Vaccination in the Punjab 1905-1918 - 1905-1918
Year: 1905
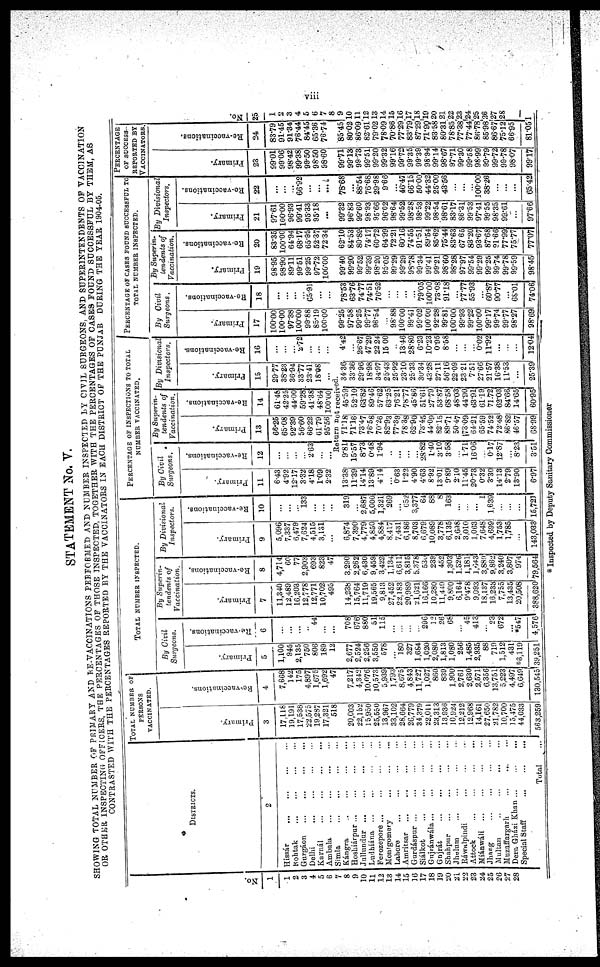
viii
STATEMENT No. V.
SHOWING TOTAL NUMBER OF PRIMARY AND RE-VACCINATIONS PERFORMED AND NUMBER INSPECTED BY CIVIL SURGEONS, AND SUPERINTENDENTS OF VACCINATION
OR OTHER INSPECTING OFFICERS. THE PERCENTAGES OF THOSE INSPECTED, TOGETHER WITH THE PERCENTAGES OF CASES FOUND SUCCESSFUL BY THEM, AS
CONTRASTED WITH THE PERCENTAGES REPORTED BY THE VACCINATORS IN EACH DISTRICT OF THE PUNJAB DURING THE YEAR 1904-05.
No.
1
1
2
3
4
5
6
7
8
9
10
11
12
13
14
15
16
17
18
19
20
21
22
23
24
25
26
27
28
DISTRICTS.
2
Hissár
...
...
...
...
Rohtak
...
...
...
...
Gurgáon
...
...
...
...
Delhi
...
...
...
...
Karnál
...
...
...
...
Ambala
Simla
...
...
...
...
Kángra
...
....
...
...
Hoshiárpur
...
...
...
...
Jullundur ... ... ... ...
Ludhiána ... ... ... ...
Ferozepore ... ... ... ...
Montgomery ... ... ...
Lahore ... ... ... ...
Amritsar ... ... ... ...
Gurdáspur
...
...
...
...
Siálkot
...
...
...
...
Gujránwála... ... ... ...
Gujrát ... ... ...
Shahpur ... ... ...
Jhelum ... ... ... ...
Ráwalpindi... ... ...
Attock
...
...
...
...
Miánwáli ... ... ... ...
Jhang ... ... ... ...
Multan ... ... ... ...
Muzaffargarh
...
...
...
Dera Gházi Khan
...
...
...
Special Staff
...
...
...
Total
...
TOTAL NUMBER OF
PERSONS
VACCINATED.
Pr i
mar y
3
17,116
19,191
17,538
22,575
19,287
17,321
518
20,003
22,152
15,950
25,550
18,967
33,102
28,664
26,779
34,379
22,011
23,313
13,936
10,924
12,212
12,968
14,161
27,650
21,782
10,700
15,475
44,033
563,259
Re -
va c c i
na t
i
ons
4
7,668
142
175
4,897
1,675
1,692
47
7,217
4,342
10,076
10,573
5,939
1,793
8,675
4,843
11,727
1,027
860
839
1,900
2,761
2,630
2,571
6,356
13,751
5,223
4,497
6,649
130,545
TOTAL NUMBER INSPECTED.
By Civil
Surgeons.
Primary.
5
1,100
945
2,135
750
806
189
12
2,677
2,524
2,256
3,550
578
...
180
327
1,684
1,020
2,080
1,813
1,080
256
1,485
2,935
88
719
1,512
431
* 6,119
39,251
Re-vaccination.
6
...
...
...
...
44
...
...
708
676
880
51
115
...
...
...
...
296
12
26
68
...
45
413
...
23
672
...
*547
4,576
By Superin-
tendents of
Vaccination.
Primary.
7
11,340
12,489
16,208
12,778
12,771
10,702
495
14,238
15,764
11,719
19,565
9,813
27,452
22,183
20,989
21,621
16,166
10,280
11,440
9,800
6,164
9,478
9,093
18,137
16,233
7,755
13,435
20,508
388,620
Re-vaccinations.
8
4,714
60
77
2,903
693
823
47
3,290
2,262
6,430
9,459
3 422
1,134
6,611
3,815
5,378
530
239
452
1,303
1,326
1,181
1,643
3,889
9,862
3,240
3,807
974
79,564
By
Divisional
Inspectors.
Primary.
9
5,096
7,337
6,479
7,624
4,515
3,131
...
6,874
7,390
4,779
4,850
4,884
8,417
7,431
6,186
8,703
6,679
10,089
3,778
6,135
2,638
3,010
1,063
7,648
4,699
1,753
1,785
143,033
Re-vaccinations.
10
...
...
...
133
...
...
...
319
...
2,687
5,000
1,321
269
...
652
3,377
64
88
8
163
...
...
...
1
1,639
...
...
...
15,721
PERCENTAGE OF INSPECTIONS TO TOTAL
NUMBER VACCINATED.
By Civil
Surgeons.
Primary.
11
6.43
4.92
12.17
3.32
4.18
1.09
2.32
13.38
11.39
14.14
13.89
4.14
...
0.63
1.22
4.90
4.63
8.92
13.01
0.89
2.10
11.45
20.73
0.32
3.30
14.13
2.79
13.90
6.97
Re-vaccinations.
12
...
...
...
...
2.63
...
...
By Superin-
tendents of
Vaccination.
Primary.
13
66.25
65.08
92.39
56.60
66.22
61.79
95.56
Re-vaccinations.
14
61.48
42.25
44.00
59.28
41.38
48.64
100.00
Return not received
9.81
15.57
8.73
0.48
1.94
...
...
...
...
28.82
1.40
3.10
3.58
...
1.71
16.06
...
0.17
12.87
...
8.23
3.51
71.18
71.16
73.47
76.58
70.26
82.93
77.39
78.38
62.90
73.45
44.09
82.15
89.71
50.47
73.09
64.21
65.59
74.52
72.48
86.82
46.57
68.99
45.59
52.10
63.82
89.46
57.62
63.25
76.21
78.77
45.86
51.61
27.79
53.87
68.58
48.03
44.90
63.91
61.19
71.72
62.03
84.66
14.65
60.95
By Divisional
Inspectors.
Primary.
15
29.77
38.23
36.94
33.77
23.41
18.08
...
34.36
33.36
29.96
18.98
34.97
25.43
25.92
23.10
25.33
30.34
43.28
27.11
56.16
22.09
23.21
7.51
27.66
21.57
16.38
11.53
...
25.39
Re-vaccinations.
16
...
...
...
2.72
...
...
...
4.42
...
26.67
47.29
22.24
15.00
...
13.46
28.80
6.23
10.23
0.95
8.58
...
...
...
0.02
11.92
...
...
...
12.04
PERCENTAGE OF CASES FOUND SUCCESSFUL TO
TOTAL NUMBER INSPECTED.
By
Civil
Surgeons.
Primary.
17
100.00
100.00
97.38
100.00
99.88
85.19
100.00
99.25
97.58
99.25
99.77
96.54
....
98.88
100.00
99.41
99.02
100.00
92.28
99.81
100.00
99.93
99.22
100.00
99.17
99.74
99.77
98.27
98.69
Re-vaccinations.
18
...
...
...
...
65.91
...
...
78.53
63.76
74.77
74.51
76.52
...
...
...
...
79.05
100.00
73.08
91.18
...
77.77
55.93
...
60.87
90.77
...
68.01
74.06
By Superin-
tendents of
Vaccination.
Primary.
19
98.95
98.90
89.11
99.51
99.25
97.72
100.00
99.40
99.20
99.52
99.39
98.20
95.05
99.29
99.29
98.78
99.34
99.41
99.21
98.60
98.28
97.97
99.54
99.29
99.25
99.74
99.78
99.59
98.45
Re-vaccinations.
20
83.35
100.00
64.94
68.17
65.95
52.37
72.34
62.10
84.53
80.89
74.17
60.72
64.99
72.21
60.16
74.55
91.51
89.54
85.62
75.44
83.63
67.65
83.20
93.67
87.68
91.66
77.99
75.77
77.07
By
Divisional
Inspectors.
Primary.
21
97.61
100.00
96.93
99.41
95.33
95.18
...
99.32
96.83
99.60
98.93
95.66
96.02
98.64
99.52
98.28
98.53
99.22
98.54
98.61
83.17
86.31
99.53
97.41
99.55
98.35
99.61
...
97.66
Re-vaccinations.
22
...
...
...
66.92
...
...
...
78.68
...
88.54
76.68
29.98
9.66
...
46.47
66.15
50.00
44.32
25.00
43.56
...
...
...
100.00
38.26
...
...
...
65.42
PERCENTAGE
OF SUCCESS
REPORTED BY
VACCINATORS.
Primary.
23
99.01
99.06
98.42
99.38
99.50
98.50
98.60
99.71
99.13
99.73
99.51
99.20
99.32
99.16
99.72
99.35
99.39
98.94
99.14
98.67
97.71
99.30
99.58
98.99
99.79
99.72
99.78
98.07
99.17
Re-vaccination.
24
83.79
91.45
91.34
76.44
84.45
65.36
76.74
85.45
80.02
86.09
82.61
79.02
78.09
70.86
77.29
83.79
87.29
71.90
83.58
80.31
78.85
77.38
77.44
86.78
85.98
86.67
75.12
66.95
81.01
25
1
2
3
4
5
6
7
8
9
10
11
12
13
14
15
16
17
18
19
20
21
22
23
24
25
26
27
28
* Inspected by Deputy Sanitary Commissioner